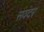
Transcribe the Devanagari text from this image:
संवंदर